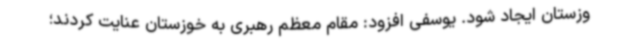
وزستان ایجاد شود. یوسفی افزود: مقام معظم رهبری به خوزستان عنایت کردند؛